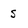
Character: S